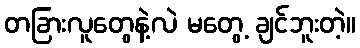
တခြားလူတွေနဲ့လဲ မတွေ့ ချင်ဘူးတဲ့။